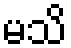
မသိ